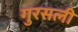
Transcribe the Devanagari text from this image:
गुरसली